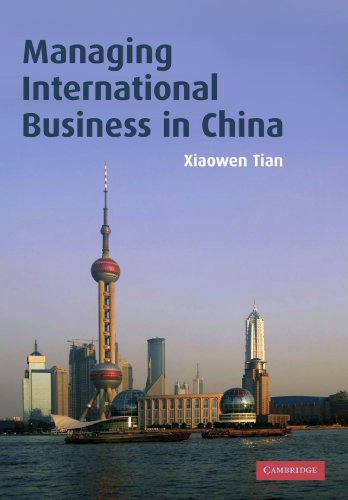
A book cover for Managing International Business in China; Xiaowen Tian; Business & Money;